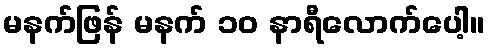
မနက်ဖြန် မနက် ၁၀ နာရီလောက်ပေါ့။